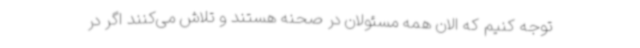
توجه کنیم که الان همه مسئولان در صحنه هستند و تلاش می‌کنند اگر در